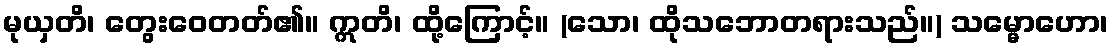
မုယှတိ၊ တွေးဝေတတ်၏။ ဣတိ၊ ထို့ကြောင့်။ (သော၊ ထိုသဘောတရားသည်။) သမ္မောဟော၊